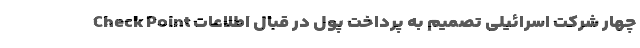
Check Point چهار شرکت اسرائیلی تصمیم به پرداخت پول در قبال اطلاعات